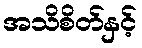
အသိစိတ်နှင့်